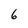
Character: 6